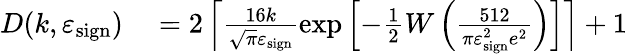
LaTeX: \begin{array}{rl}{D(k,\varepsilon_{\mathrm{sign}})}&{{}=2\left\lceil\frac{16k}{\sqrt{\pi}\varepsilon_{\mathrm{sign}}}\exp\left[-\frac{1}{2}W\left(\frac{512}{\pi\varepsilon_{\mathrm{sign}}^{2}e^{2}}\right)\right]\right\rceil+1}\end{array}